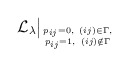
\begin{gather*}{\cal{L}}_{\lambda} \big\vert_{p_{ij}=0, \ (ij) \in \Gamma, \atop p_{ij}=1, \ (ij) \notin \Gamma}\end{gather*}